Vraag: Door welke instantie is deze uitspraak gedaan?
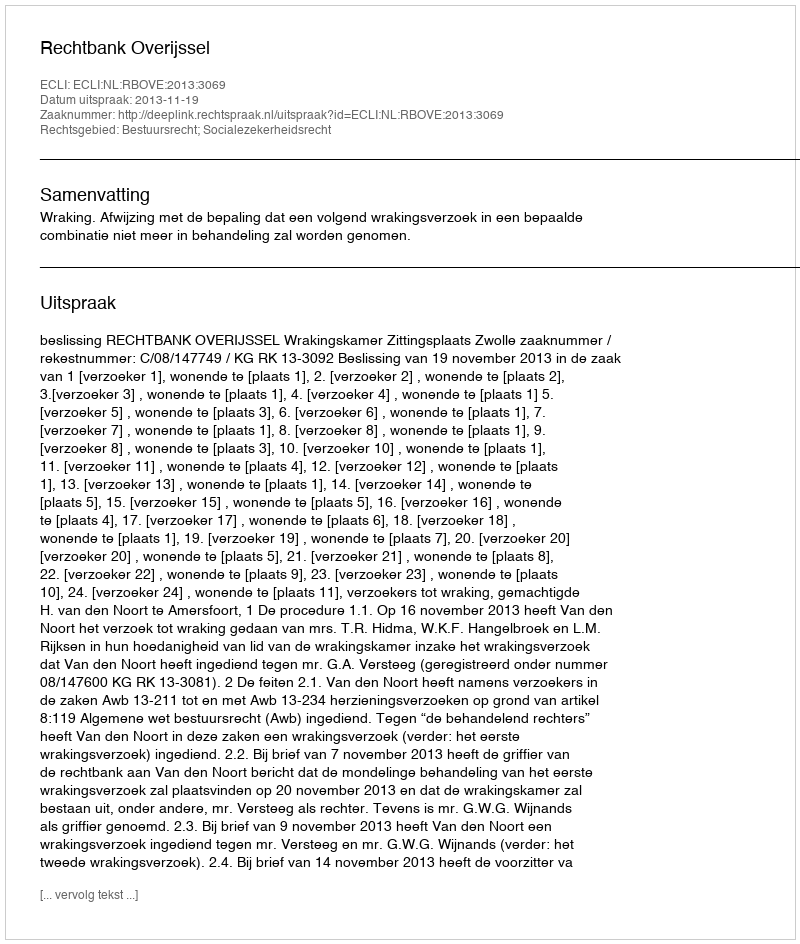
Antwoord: Rechtbank Overijssel